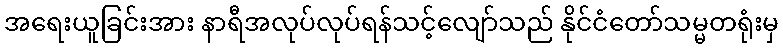
အရေးယူခြင်းအား နာရီအလုပ်လုပ်ရန်သင့်လျော်သည် နိုင်ငံတော်သမ္မတရုံးမှ